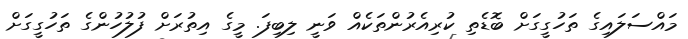
މައްސަލައިގެ ތަހުގީގަށް ބޮޑެތި ކުރިއެރުންތަކެއް ވަނީ ލިބިފަ. މީގެ އިތުރަށް ފުލުހުންގެ ތަހުގީގަށް